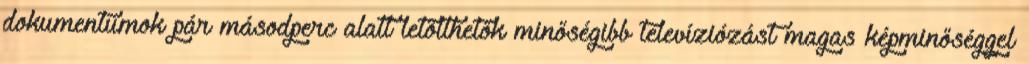
dokumentumok pár másodperc alatt letölthetők minőségibb televíziózást magas képminőséggel